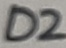
Text: D2